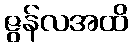
ဇွန်လအထိ